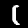
Label: 1